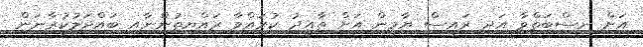
އަށް ނިސްބަތްވާ އަދި ރައީސް ޔާމީން އަށް ތާއީދު ކުރައްވާ ރައްޔިތުންނާއި ބައްދަލުކުރާނަން